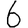
Digit: 6